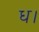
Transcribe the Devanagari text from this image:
ध।